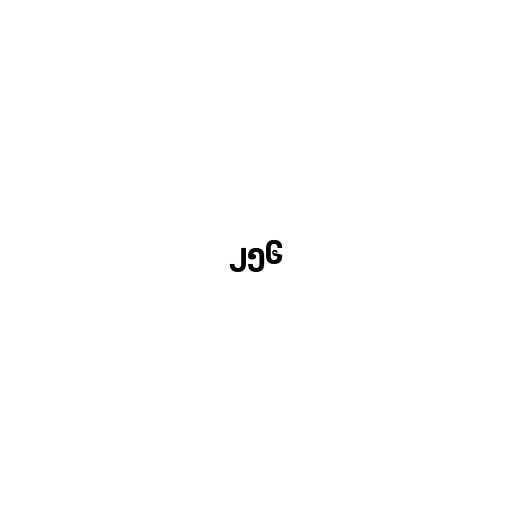
၂၅၆